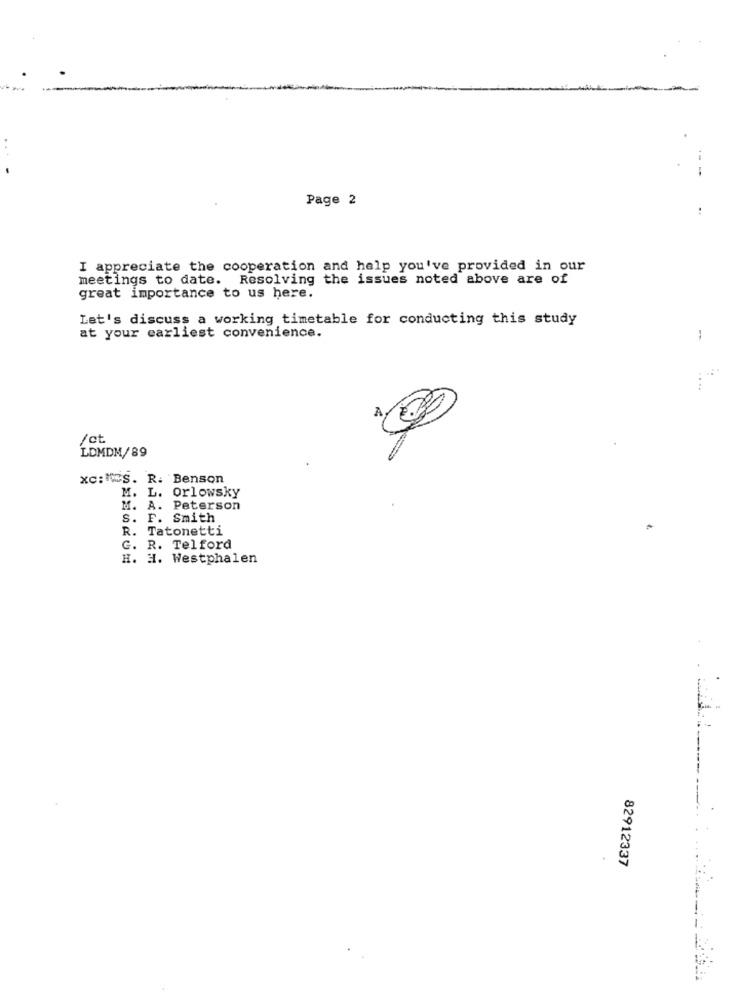
--
Page 2
..
I appreciate the cooperation and help you've provided in our
meetings to date. Resolving the issues noted above are of
great importance to us here.
Let's discuss a working timetable for conducting this study
at your earliest convenience.
....
/ct
LDMDM/89
xc: MES. R. Benson
M. L. orlowsky
M. A. Peterson
S. F. Smith
R. Tatonetti
G. R. Telford
H. H. Westphalen
82912337